Scottish Leaving Certificate Examination, 1958
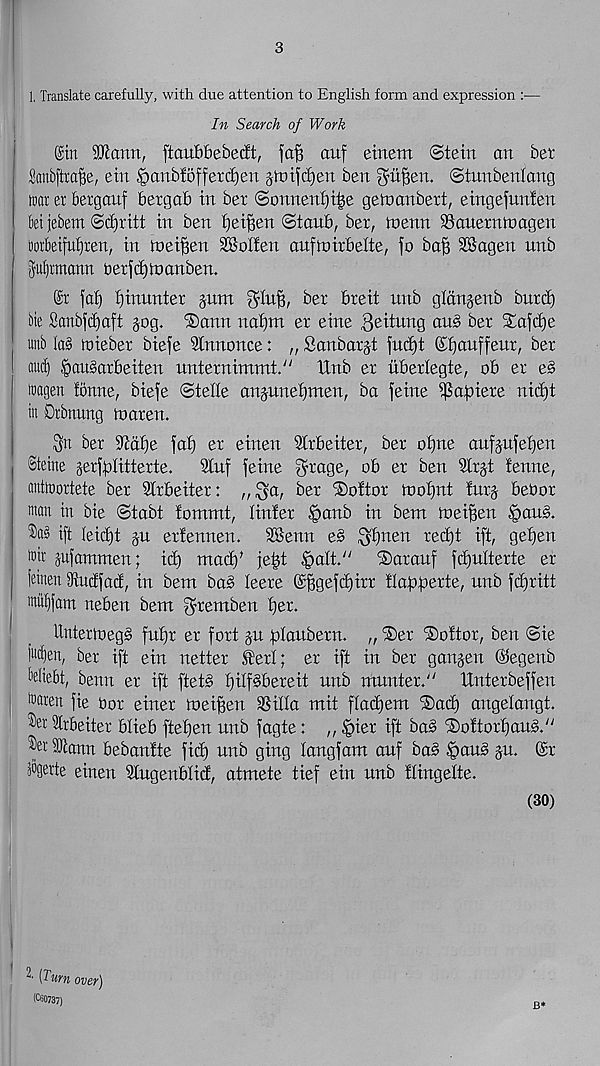
3
1, Translate carefully, with due attention to English form and expression :—
In Search of Work
©in SSKantt, ftaubbebecft, i’afi auf einetn Stein an bet
Sanbftrafe, ein ^fiblofferdtjen jtnij'djen ben ^ii^en. ©tunbenlang
tuar ex bexgauf bergab in bet Sonnentji^e geioanbett, eingefunten
bei jebem Scfjritt in ben ^ei^en Staub, bet, tnenn SSanetnlnagen
Dotbeifuijxen, in tnei^en 3BoI!en anfmitbelte, fo ba|3 SBagen nnb
jiuijnnann betfd)tDanben.
©r fat) f)inuntet pm ^tn^ bet breit nnb gtanjenb bntcf)
bie Sanbfdfaft pg. ®ann natjm et eine 3eitung au§ bet STafctje
mb Ia§ roiebet biefe Slnnonce: „ Sanbatp )uct)t ©bauffeut, bet
aucf) §au§atbeiten nnternimmt/' Unb et itberlegte, ob et es
ixagen tonne, biefe Stette anpnetjmen, ba feme ipafoiete nid)t
in Dxbnung toaten.
bet ittdt)e fat) et etnen Sttbeitet, bet ot)ne anfpfetjen
Steine getfplitterte.
9tuf feme 3tage, ob et ben 3ttp tenne,
antixioxtete bet Sttbeitet: , r^ar bet ®ottor tnofjnt tntj bebot
man in bie Stabt tommt, linfet §anb in bem toeiffen §au§.
®a§ ift teict)t p ertennen.
SSenn e§> 3^) nen r ed)t ift, gefjen
tnix jufammen; id) mad)’ je|t ^att/'
®atauf fdjultette er
feinen iRudfad, in bem ba§ leete @^gefd)itt tlafo)oette, unb fdjritt
mu^fam neben bem ^temben t)et.
tlnterinegg fu^t et fott p iotaubetn. „ ®et ®oftot, ben ©ie
fm^en, bet ift ein netter Itert; et ift in bet ganpn @egenb
Wiebt, benn et ift ftet§ t)ilf§beteit unb muntet." Unterbeffen
toaxen fie Oot einet toei^en SSilta mit ftadjem ®ad) angetangt.
®ex Ixbeitet btieb ftetjen unb fagte: ,, ipier ift ba§ iSottottfaPj."
^xSRann bebanfte fict) nnb ging tangfam auf ba§ ^au§ p. ©r
jagexte einen Stngenblid, atmete tief ein nnb ftingette.
(30)
^ [Turn over)
(C60737)
B*